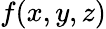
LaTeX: f(x,y,z)